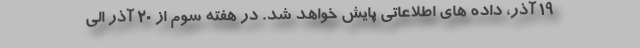
۱۹ آذر، داده های اطلاعاتی پایش خواهد شد. در هفته سوم از ۲۰ آذر الی